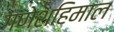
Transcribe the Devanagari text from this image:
गणेशहिमाल